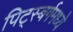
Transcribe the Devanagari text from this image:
पिट्स्बर्गमध्ये